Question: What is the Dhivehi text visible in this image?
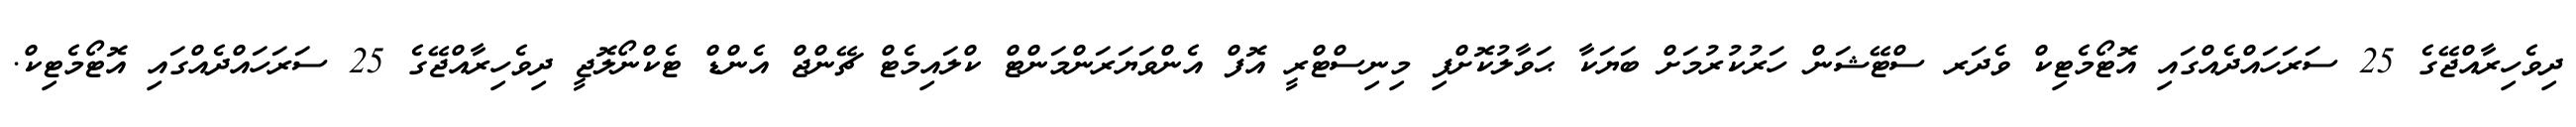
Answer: ދިވެހިރާއްޖޭގެ 25 ސަރަހައްދެއްގައި އޮޓޯމެޓިކް ވެދަރ ސްޓޭޝަން ހަރުކުރުމަށް ބަޔަކާ ޙަވާލުކޮށްފި މިނިސްޓްރީ އޮފް އެންވަޔަރަންމަންޓް ކްލައިމެޓް ޗޭންޖް އެންޑް ޓެކްނޯލޮޖީ ދިވެހިރާއްޖޭގެ 25 ސަރަހައްދެއްގައި އޮޓޯމެޓިކް.